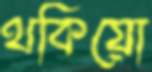
থকিয়ো